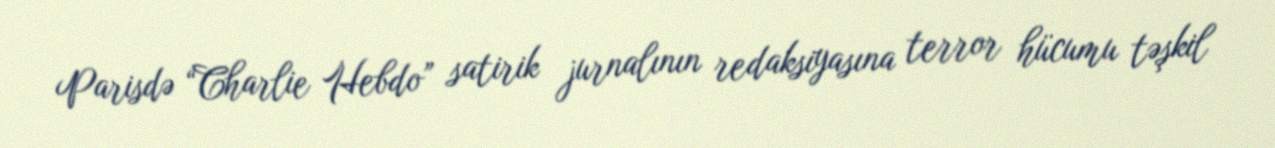
Parisdə “Charlie Hebdo” satirik jurnalının redaksiyasına terror hücumu təşkil